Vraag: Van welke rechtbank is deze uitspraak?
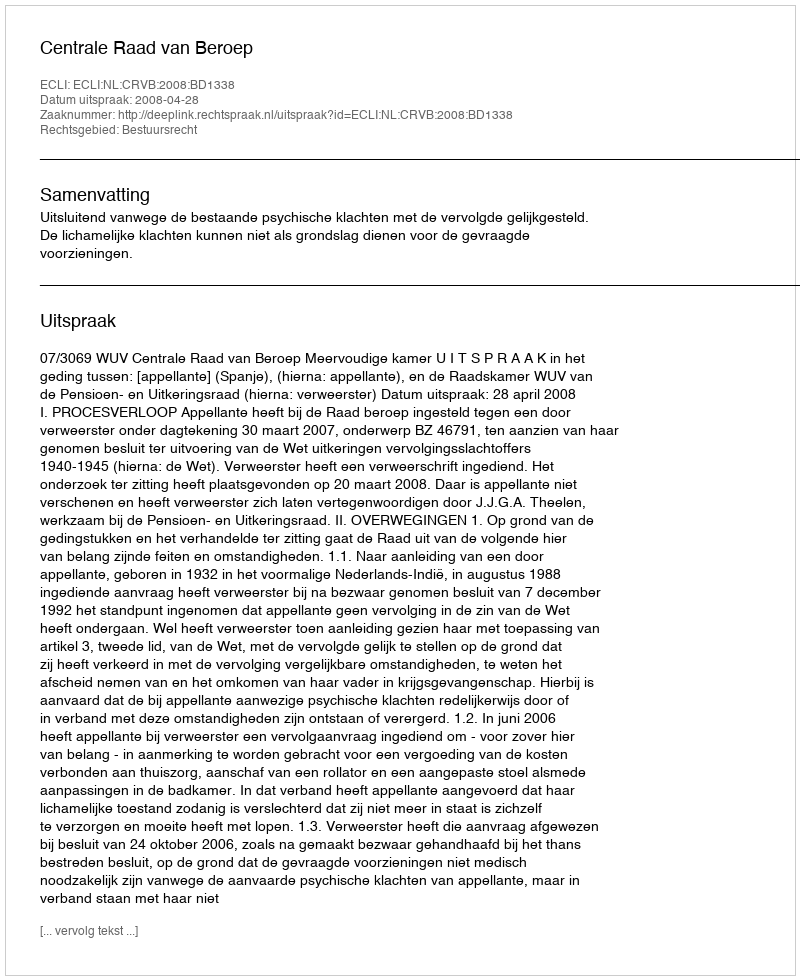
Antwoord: Centrale Raad van Beroep